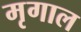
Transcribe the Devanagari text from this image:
मृगाल